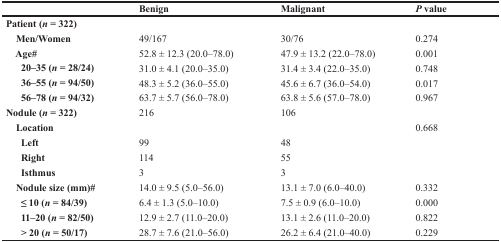
<table><thead><tr><td></td><td><b>Benign</b></td><td><b>Malignant</b></td><td><b><i>P</i> value</b></td></tr></thead><tbody><tr><td><b>Patient (<i>n</i> = 322)</b></td><td></td><td></td><td></td></tr><tr><td> <b>Men/Women</b></td><td>49/167</td><td>30/76</td><td>0.274</td></tr><tr><td> <b>Age#</b></td><td>52.8 ± 12.3 (20.0–78.0)</td><td>47.9 ± 13.2 (22.0–78.0)</td><td>0.001</td></tr><tr><td><b>20–35 (<i>n</i> = 28/24)</b></td><td>31.0 ± 4.1 (20.0–35.0)</td><td>31.4 ± 3.4 (22.0–35.0)</td><td>0.748</td></tr><tr><td><b>36–55 (<i>n</i> = 94/50)</b></td><td>48.3 ± 5.2 (36.0–55.0)</td><td>45.6 ± 6.7 (36.0–54.0)</td><td>0.017</td></tr><tr><td><b>56–78 (<i>n</i> = 94/32)</b></td><td>63.7 ± 5.7 (56.0–78.0)</td><td>63.8 ± 5.6 (57.0–78.0)</td><td>0.967</td></tr><tr><td><b>Nodule (<i>n</i> = 322)</b></td><td>216</td><td>106</td><td></td></tr><tr><td> <b>Location</b></td><td></td><td></td><td>0.668</td></tr><tr><td><b>Left</b></td><td>99</td><td>48</td><td></td></tr><tr><td><b>Right</b></td><td>114</td><td>55</td><td></td></tr><tr><td><b>Isthmus</b></td><td>3</td><td>3</td><td></td></tr><tr><td> <b>Nodule size (mm)#</b></td><td>14.0 ± 9.5 (5.0–56.0)</td><td>13.1 ± 7.0 (6.0–40.0)</td><td>0.332</td></tr><tr><td><b>≤ 10 (<i>n</i> = 84/39)</b></td><td>6.4 ± 1.3 (5.0–10.0)</td><td>7.5 ± 0.9 (6.0–10.0)</td><td>0.000</td></tr><tr><td><b>11–20 (<i>n</i> = 82/50)</b></td><td>12.9 ± 2.7 (11.0–20.0)</td><td>13.1 ± 2.6 (11.0–20.0)</td><td>0.822</td></tr><tr><td><b>&gt; 20 (<i>n</i> = 50/17)</b></td><td>28.7 ± 7.6 (21.0–56.0)</td><td>26.2 ± 6.4 (21.0–40.0)</td><td>0.229</td></tr></tbody></table>